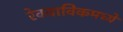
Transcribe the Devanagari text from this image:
रेक्याविकमध्ये